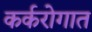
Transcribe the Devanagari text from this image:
कर्करोगात